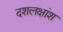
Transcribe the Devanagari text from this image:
दशलक्षांश